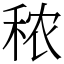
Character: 秾